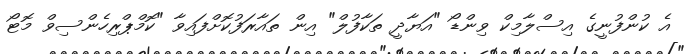
އެ ކުންފުނީގެ އިސްލާމިކް ވިންޑޯ "އަޔާދީ ތަކާފުލް" އިން ތައާރަފުކޮށްފައިވާ "ކޮމްޕްރިހެންސިވް މޮޓޯ